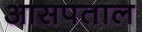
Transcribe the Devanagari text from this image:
आसपताल